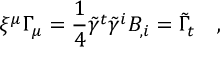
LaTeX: \xi ^ { \mu } \Gamma _ { \mu } = \frac 1 4 \tilde { \gamma } ^ { t } \tilde { \gamma } ^ { i } B _ { , i } = \tilde { \Gamma } _ { t } ~ ~ ~ ,